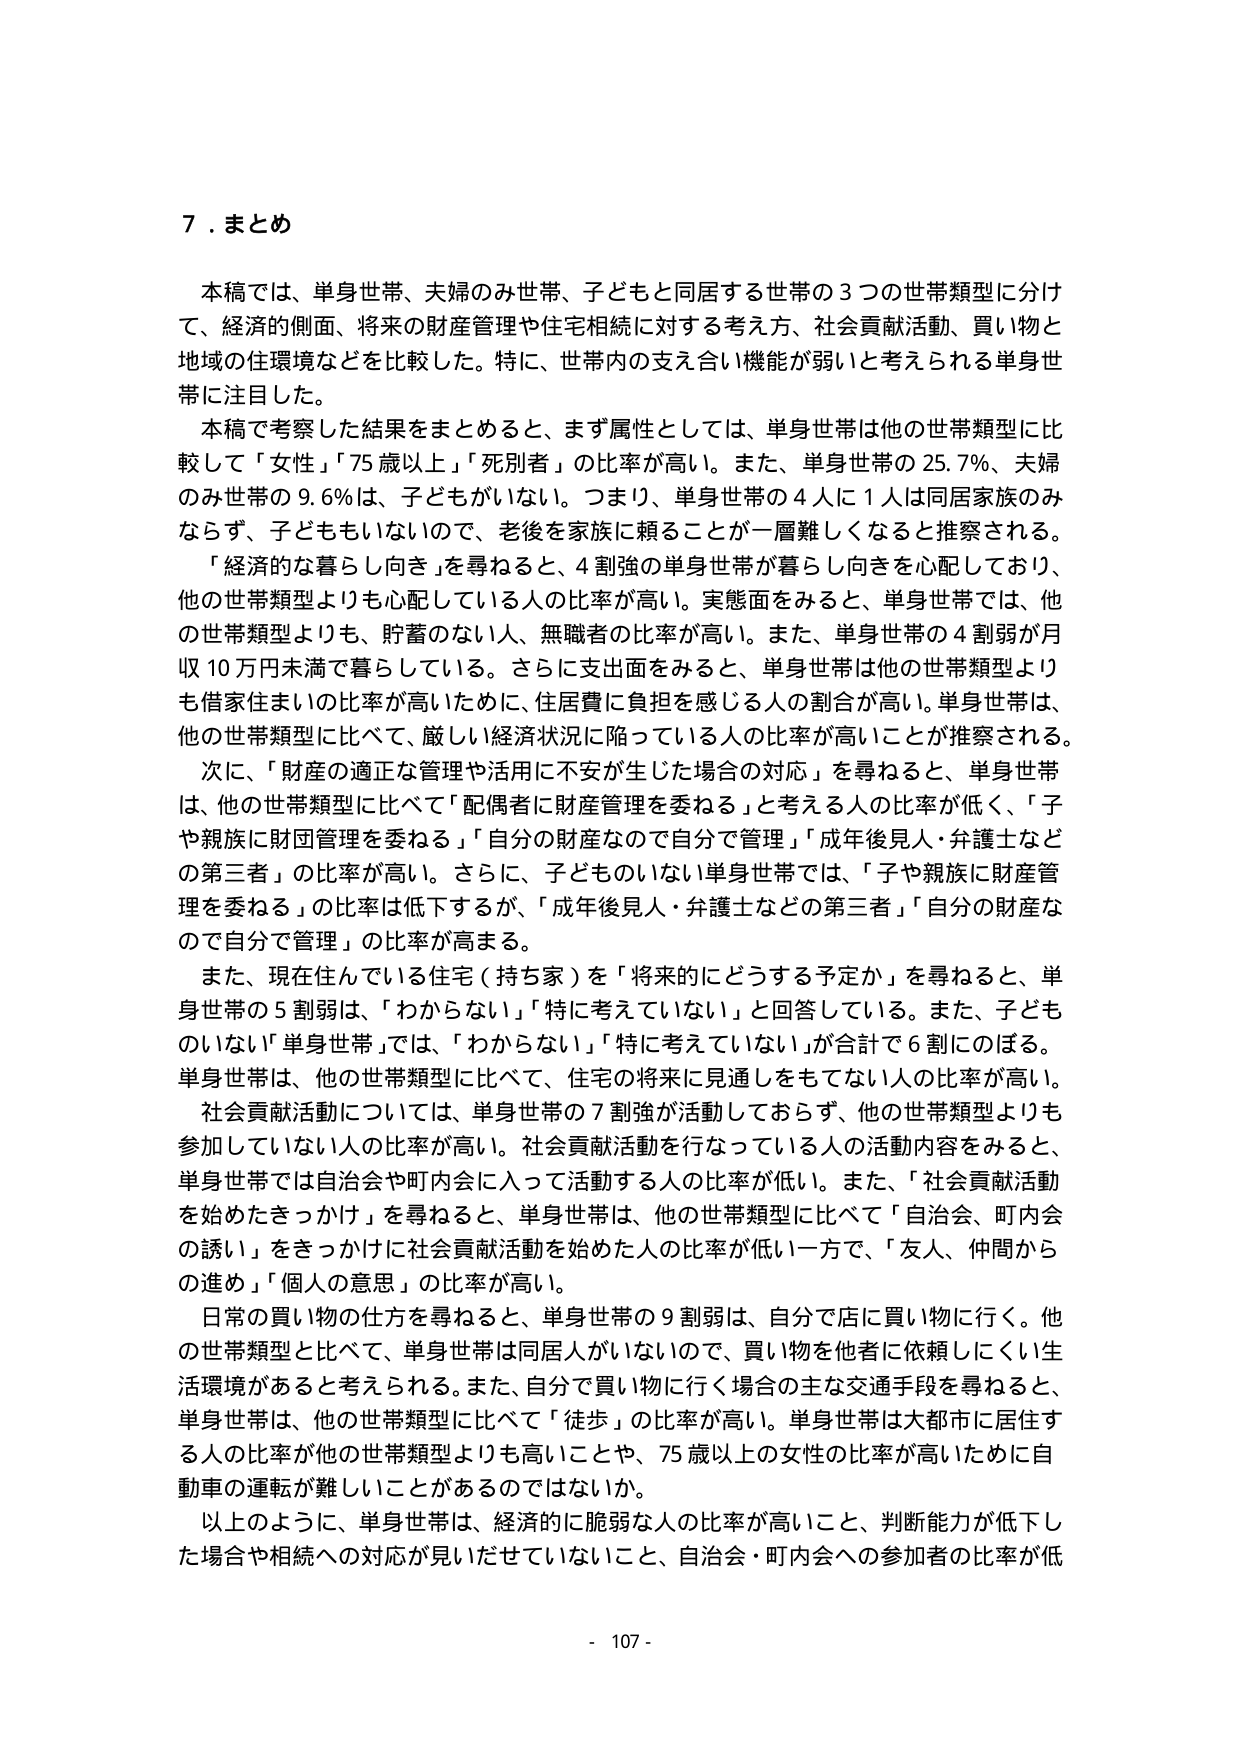
７．まとめ

本稿では、単身世帯、夫婦のみ世帯、子どもと同居する世帯の３つの世帯類型に分けて、経済的側面、将来の財産管理や住宅相続に対する考え方、社会貢献活動、買い物と地域の住環境などを比較した。特に、世帯内の支え合い機能が弱いと考えられる単身世帯に注目した。

本稿で考察した結果をまとめるとき、まず属性としては、単身世帯は他の世帯類型に比較して「女性」「75歳以上」「死別者」の比率が高い。また、単身世帯の25.7％、夫婦のみ世帯の9.6％は、子どもがいない。つまり、単身世帯の4人に1人は同居家族のみならず、子どももいないので、老後を家族に頼ることが一層難しくなると推察される。

「経済的な暮らし向き」を尋ねると、4割強の単身世帯が暮らし向きを心配しており、他の世帯類型よりも心配している人の比率が高い。実態面をみると、単身世帯では、他の世帯類型よりも、貯蓄のない人、無職者の比率が高い。また、単身世帯の4割弱が月収10万円未満で暮らしている。さらに支出面をみると、単身世帯は他の世帯類型よりも借家住まいの比率が高いために、住居費に負担を感じる人の割合が高い。単身世帯は、他の世帯類型に比べて、厳しい経済状況に陥っている人の比率が高いことが推察される。

次に、「財産の適正な管理や活用に不安が生じた場合の対応」を尋ねると、単身世帯は、他の世帯類型に比べて「配偶者に財産管理を委ねる」と考える人の比率が低く、「子や親族に財産管理を委ねる」「自分の財産なので自分で管理」「成年後見人・弁護士などの第三者」の比率が高い。さらに、子どものいない単身世帯では、「子や親族に財産管理を委ねる」の比率は低下するが、「成年後見人・弁護士などの第三者」「自分の財産なので自分で管理」の比率が高まる。

また、現在住んでいる住宅（持ち家）を「将来的にどうする予定か」を尋ねると、単身世帯の5割弱は、「わからない」「特に考えていない」と回答している。また、子どものいない「単身世帯」では、「わからない」「特に考えていない」が合計で6割にのぼる。単身世帯は、他の世帯類型に比べて、住宅の将来に見通しをもてない人の比率が高い。

社会貢献活動については、単身世帯の7割強が活動しておらず、他の世帯類型よりも参加していない人の比率が高い。社会貢献活動を行なっている人の活動内容をみると、単身世帯では自治会や町内会に入って活動する人の比率が低い。また、「社会貢献活動を始めたきっかけ」を尋ねると、単身世帯は、他の世帯類型に比べて「自治会、町内会の誘い」をきっかけに社会貢献活動を始めた人の比率が低い一方で、「友人、仲間からの進め」「個人の意思」の比率が高い。

日常の買い物の仕方を尋ねると、単身世帯の9割弱は、自分で店に買い物に行く。他の世帯類型と比べて、単身世帯は同居人がいないので、買い物を他者に依頼しにくい生活環境があると考えられる。また、自分で買い物に行く場合の主な交通手段を尋ねると、単身世帯は、他の世帯類型に比べて「徒歩」の比率が高い。単身世帯は大都市に居住する人の比率が他の世帯類型よりも高いことや、75歳以上の女性の比率が高いために自動車の運転が難しいことがあるのではないか。

以上のように、単身世帯は、経済的に脆弱な人の比率が高いこと、判断能力が低下した場合や相続への対応が見いだせていないこと、自治会・町内会への参加者の比率が低

- 107 -